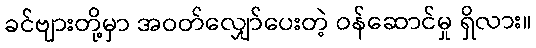
ခင်ဗျားတို့မှာ အဝတ်လျှော်ပေးတဲ့ ဝန်ဆောင်မှု ရှိလား။